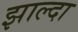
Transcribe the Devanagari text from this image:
झाल्दा